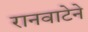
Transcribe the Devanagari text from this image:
रानवाटेने